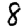
Digit: 8